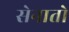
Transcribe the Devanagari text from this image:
सेनातो